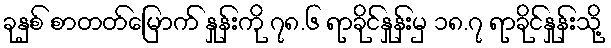
ခုနှစ် စာတတ်မြောက် နှုန်းကို ၇၈.၆ ရာခိုင်နှုန်းမှ ၁၈.၇ ရာခိုင်နှုန်းသို့